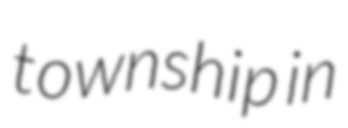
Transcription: township in